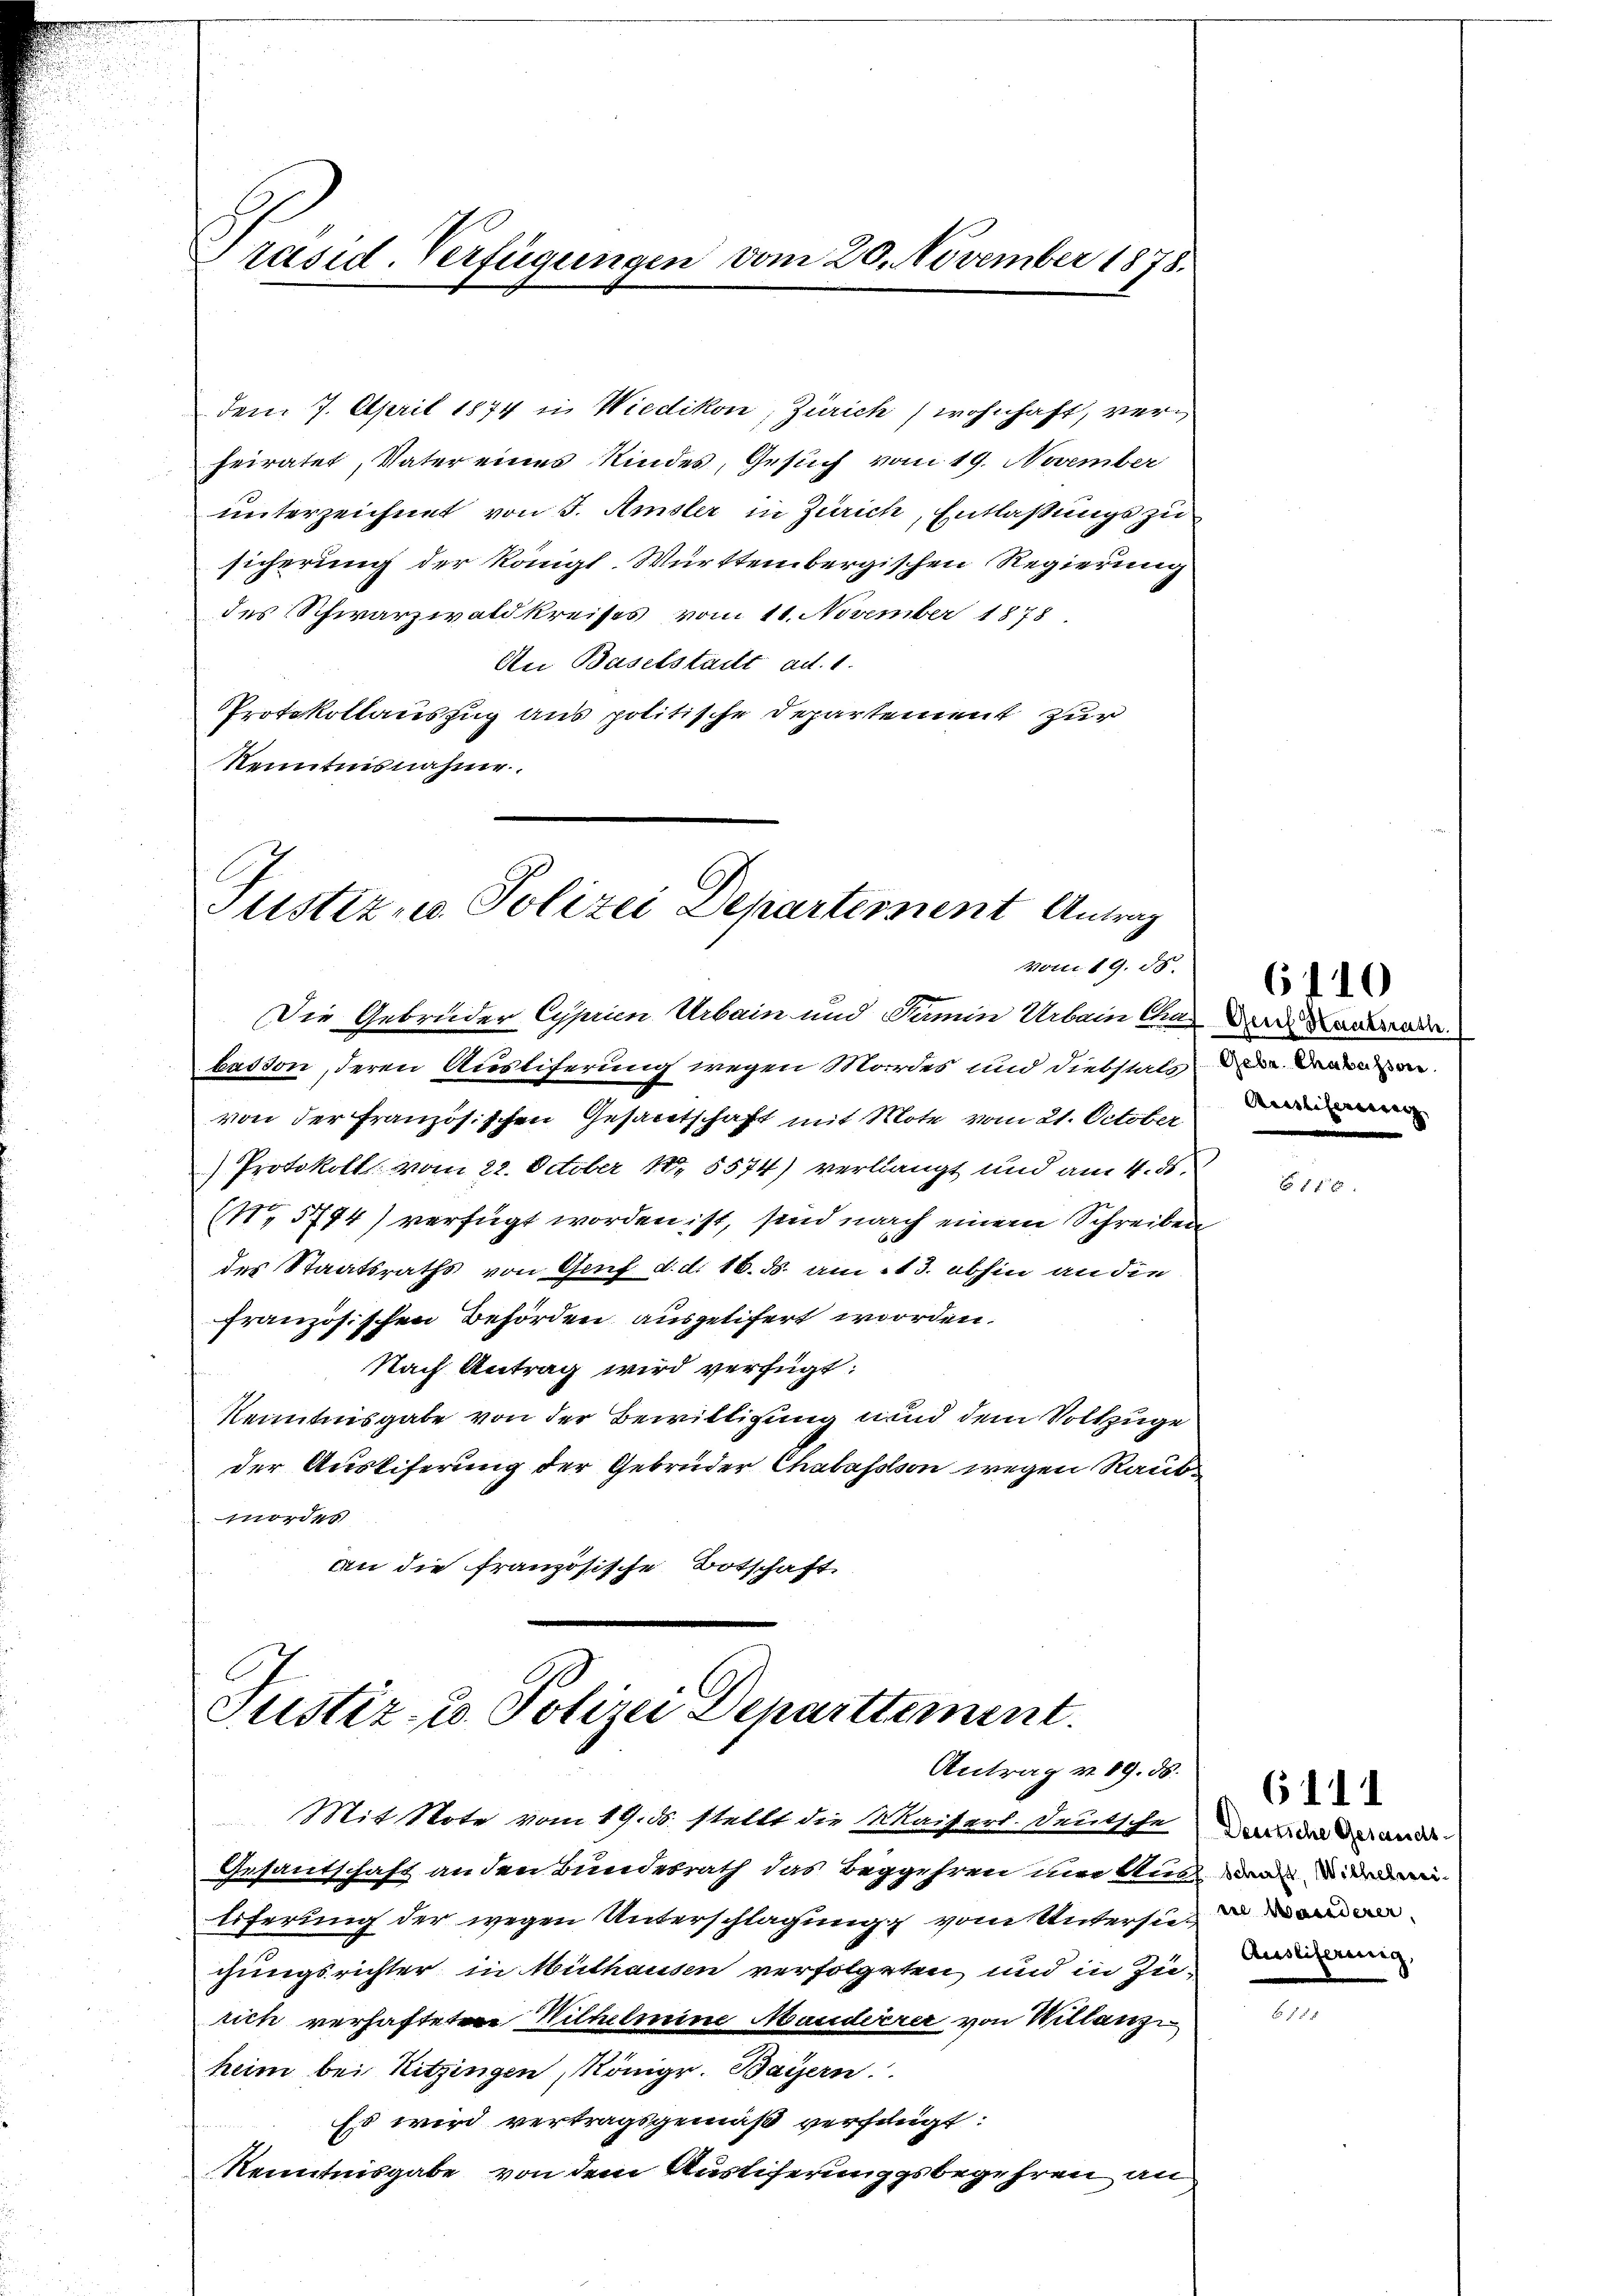
räsid. Verfügungen vom 20. November 1878.

dem 7. April 1874 in Wiedikon, Zürich) wohnhaft, verheiratet, Vater eines Kindes, Gesuch vom 19. November
unterzeichnet von J. Amsler in Zürich, Entlaßung zu
sicherung der Königl. Württembergischen Regierung
des Schwarzwald kreises vom 11. November 1878
An Baselstadt ad 1.
Protokollauszug aus politische Departement zur
Kenntnisnahme.

Justiz- u. Polizei Departement Antrag
vom 19. N. 6110
1

Justiz- u. Polizei Departtement.
Antrag v. 19. ds.

Die Gebrüder Cyprien Urbain und Damin Urbain Char der Barba
basson, deren Ausliferung wegen Mordes und Diebstals Mann
von der Französischen Gesaretschaft mit Mote vom 21. October
) Protokoll vom 22. October 18 5574) verlangt und am 4. ds.
(N. 5744) verfügt worden ist, sind nach einem Schreiben
des Staatsraths von Genf d. d. 16. ds. am 13. abhin an die
französischen Behörden ausgetifert worden.
Nach Antrag wird verfügt:
Kenntnisgabe von der Bewilligung und dem Vollzuge
der Ausliferung der Gebrüder Chabassson wegen Raubmorden
An die französische Botschaft

Mit Note vom 19. ds. stellt die Waiserl-Deutsche der in ande
Gesantschaft anden Bundesrath das Begehren mir einer
Eiferung der wegen Unterschlagung vom Untersuchungsrichter in Mülhausen verfolgten und in Zurich verhafteten Wilhelmine Mandererer von Willanzi
heim bei Hitzingen Königr. Bayern.
Es wird vertragsgemäß verfängt:
Kenntnisgabe von dem Austiferungsbegehren an

Ausliferierung

6111
Auseiferinig,